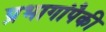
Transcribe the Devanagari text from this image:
प्रभागांपैकी